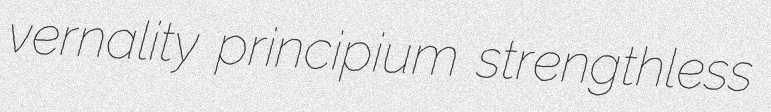
vernality principium strengthless